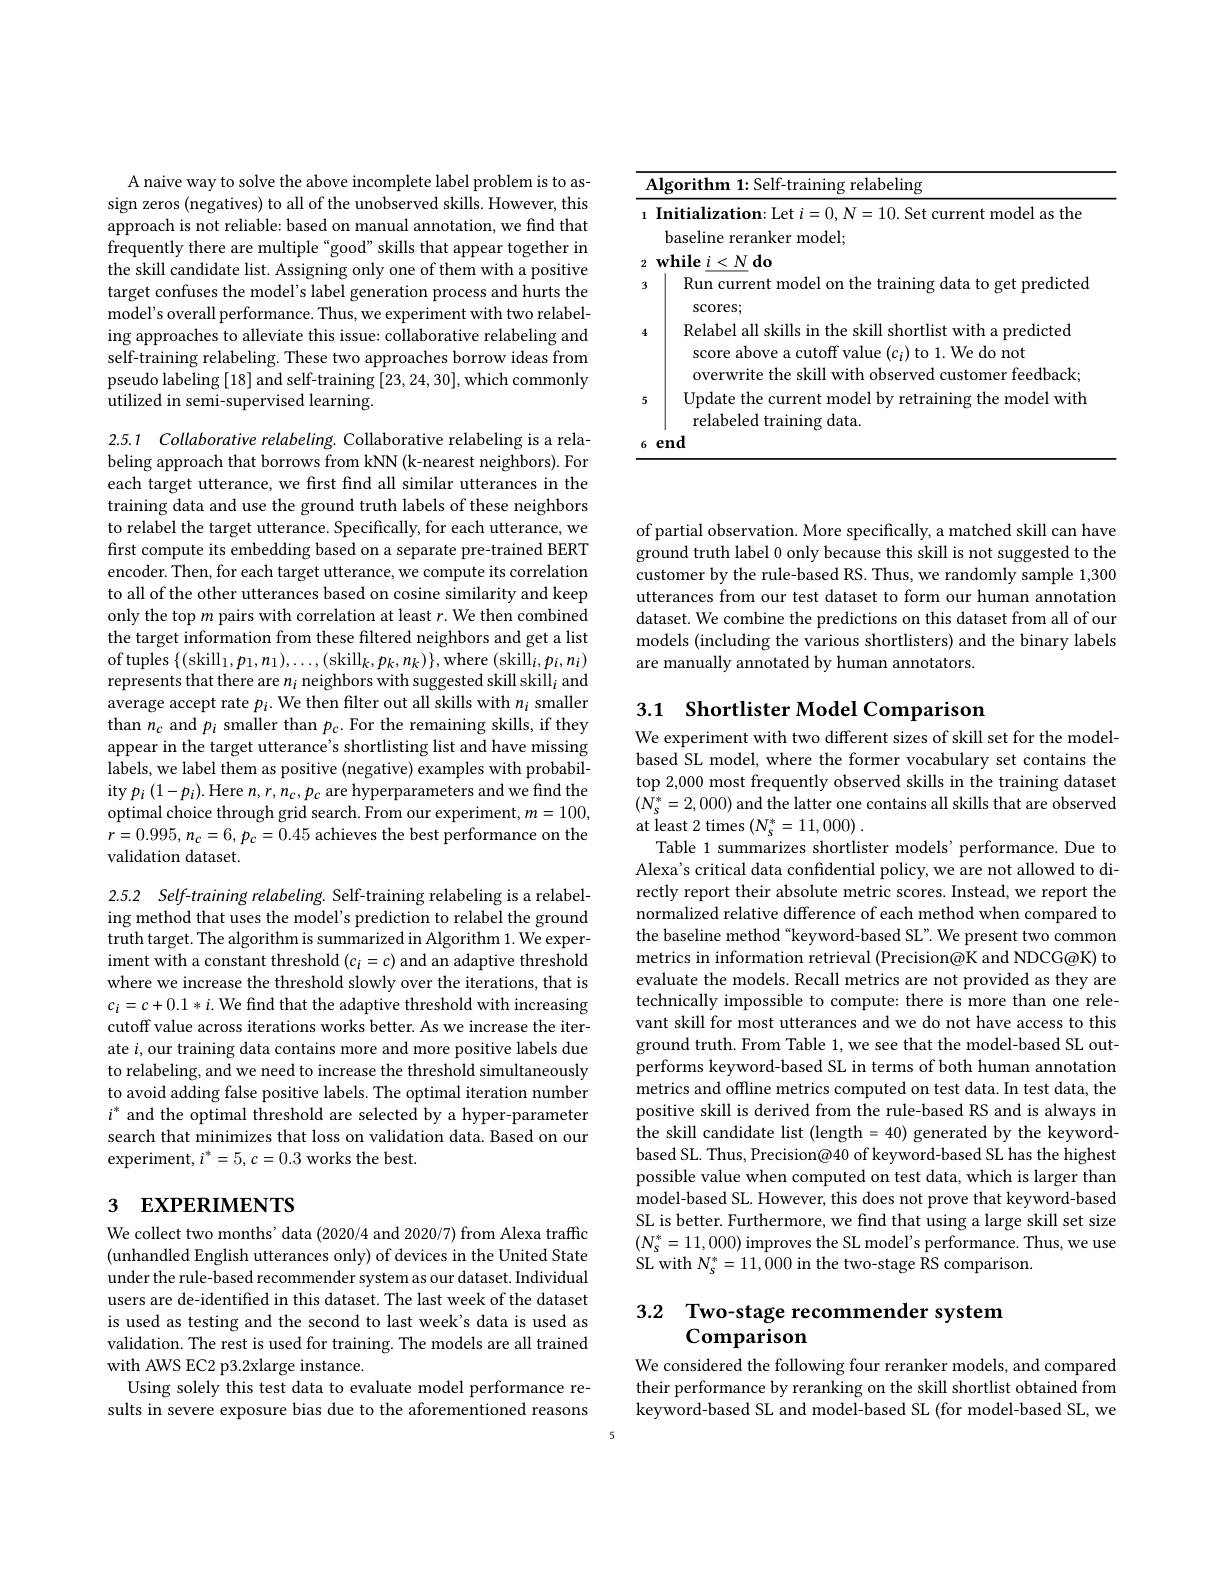
<table>
	<tbody>
		<tr>
			<td> </td>
			<td>Aloorith relabeling</td>
		</tr>
		<tr>
			<td>1</td>
			<td>Initialization: Let $i=0,N=10.$ Set current model as the baseline reranker model;</td>
		</tr>
		<tr>
			<td>2 3</td>
			<td>$\textbf{while}i< N\textbf{do}$ Run</td>
		</tr>
		<tr>
			<td>4</td>
			<td>Relabel all skills in the skill shortlist with a predicted score above a cutoff value $(c_i)$ to 1. We do not overwrite the skill with observed customer feedback: </td>
		</tr>
		<tr>
			<td>5</td>
			<td>Update the current model by retraining the model with relabeled training data.</td>
		</tr>
		<tr>
			<td>6</td>
			<td>end</td>
		</tr>
	</tbody>
</table>

A naive way to solve the above incomplete label problem is to assign zeros (negatives) to all of the unobserved skills. However, this approach is not reliable: based on manual annotation, we find that frequently there are multiple“good”skills that appear together in the skill candidate list. Assigning only one of them with a positive target confuses the model's label generation process and hurts the model's overall performance. Thus, we experiment with two relabeling approaches to alleviate this issue: collaborative relabeling and self-training relabeling. These two approaches borrow ideas from pseudo labeling [18] and self-training [23,24,30], which commonly utilized in semi-supervised learning.

2.5.1 Collaborative relabeling. Collaborative relabeling is a relabeling approach that borrows from kNN (k-nearest neighbors). For each target utterance, we first find all similar utterances in the training data and use the ground truth labels of these neighbors to relabel the target utterance. Specifically, for each utterance, we first compute its embedding based on a separate pre-trained BERT encoder. Then, for each target utterance, we compute its correlation to all of the other utterances based on cosine similarity and keep only the top $m$ pairs with correlation at least $r.$ We then combined the target information from these filtered neighbors and get a list of tuples $\{($skill$_1,p_1,n_1),\ldots,($skill$_k,p_k,n_k)\}$,where (skill$_i,p_i,n_i)$ represents that there are $n_i$ neighbors with suggested skill skill$_i$ and average accept rate $p_i.$ We then filter out all skills with $n_i$ smaller than $n_c$ and $p_i$ smaller than $p_c.$ For the remaining skills, if they appear in the target utterance's shortlisting list and have missing labels, we label them as positive (negative) examples with probability $p_{i}\left(1-p_{i}\right).$Here $n,r,n_{c},p_{c}$ are hyperparameters and we find the optimal choice through grid search. From our experiment, $m=100$, $r=0.995,n_{c}=6,p_{c}=0.45$ achieves the best performance on the validation dataset.

2.5.2 Self-training relabeling. Self-training relabeling is a relabeling method that uses the model's prediction to relabel the ground truth target. The algorithm is summarized in Algorithm 1. We experiment with a constant threshold $(c_i=c)$ and an adaptive threshold where we increase the threshold slowly over the iterations, that is $c_i=c+0.1*i.$ We find that the adaptive threshold with increasing cutoff value across iterations works better. As we increase the iterate $i$,our training data contains more and more positive labels due to relabeling, and we need to increase the threshold simultaneously to avoid adding false positive labels. The optimal iteration number $i^*$ and the optimal threshold are selected by a hyper-parameter search that minimizes that loss on validation data. Based on our experiment, $i^*=5,c=0.3$ works the best.

# 3 EXPERIMENTS

We collect two months' data (2020/4 and 2020/7) from Alexa traffic (unhandled English utterances only) of devices in the United State under the rule-based recommender system as our dataset. Individual users are de-identified in this dataset. The last week of the dataset is used as testing and the second to last week's data is used as validation. The rest is used for training. The models are all trained with AWS EC2 p3.2xlarge instance.
Using solely this test data to evaluate model performance results in severe exposure bias due to the aforementioned reasons

of partial observation. More specifically, a matched skill can have ground truth label 0 only because this skill is not suggested to the customer by the rule-based RS. Thus, we randomly sample 1,300 utterances from our test dataset to form our human annotation dataset. We combine the predictions on this dataset from all of our models (including the various shortlisters) and the binary labels are manually annotated by human annotators.

# 3.1 Shortlister Model Comparison

We experiment with two different sizes of skill set for the modelbased SL model, where the former vocabulary set contains the top 2,000 most frequently observed skills in the training dataset $(N_{s}^{*}=2,000)$ and the latter one contains all skills that are observed at least 2 times $(N_{s}^{*}=11,000)$
Table 1 summarizes shortlister models'performance. Due to Alexa's critical data confidential policy, we are not allowed to directly report their absolute metric scores. Instead, we report the normalized relative difference of each method when compared to the baseline method “keyword-based SL”. We present two common metrics in information retrieval (Precision@K and NDCG@K) to evaluate the models. Recall metrics are not provided as they are technically impossible to compute: there is more than one relevant skill for most utterances and we do not have access to this ground truth. From Table 1, we see that the model-based SL outperforms keyword-based SL in terms of both human annotation metrics and offline metrics computed on test data. In test data, the positive skill is derived from the rule-based RS and is always in the skill candidate list (length=40) generated by the keywordbased SL. Thus, Precision@40 of keyword-based SL has the highest possible value when computed on test data, which is larger than model-based SL. However, this does not prove that keyword-based SL is better. Furthermore, we find that using a large skill set size $(N_{s}^{*}=11,000)$ improves the SL model's performance. Thus, we use SL with $N_{s}^{*}=11,000$ in the two-stage RS comparison.

## 3.2 Two-stage recommender system Comparison

We considered the following four reranker models, and compared their performance by reranking on the skill shortlist obtained from keyword-based SL and model-based SL (for model-based SL, we